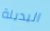
البديلة